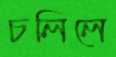
চলিলে